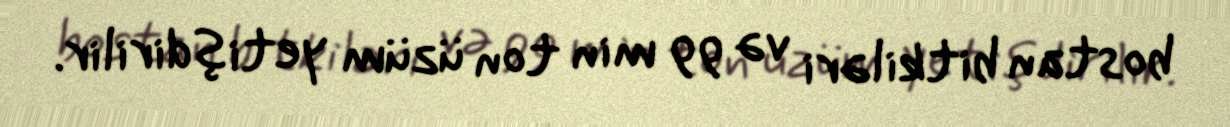
bostan bitkiləri və 99 min ton üzüm yetişdirilir.